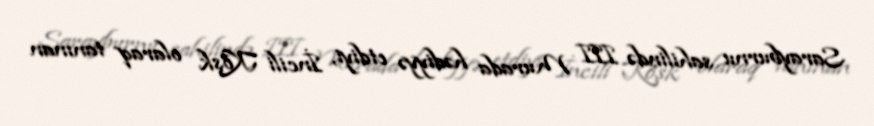
Sarayburnu sahilində III Murada hədiyyə etdiyi, İncili Köşk olaraq tanınan